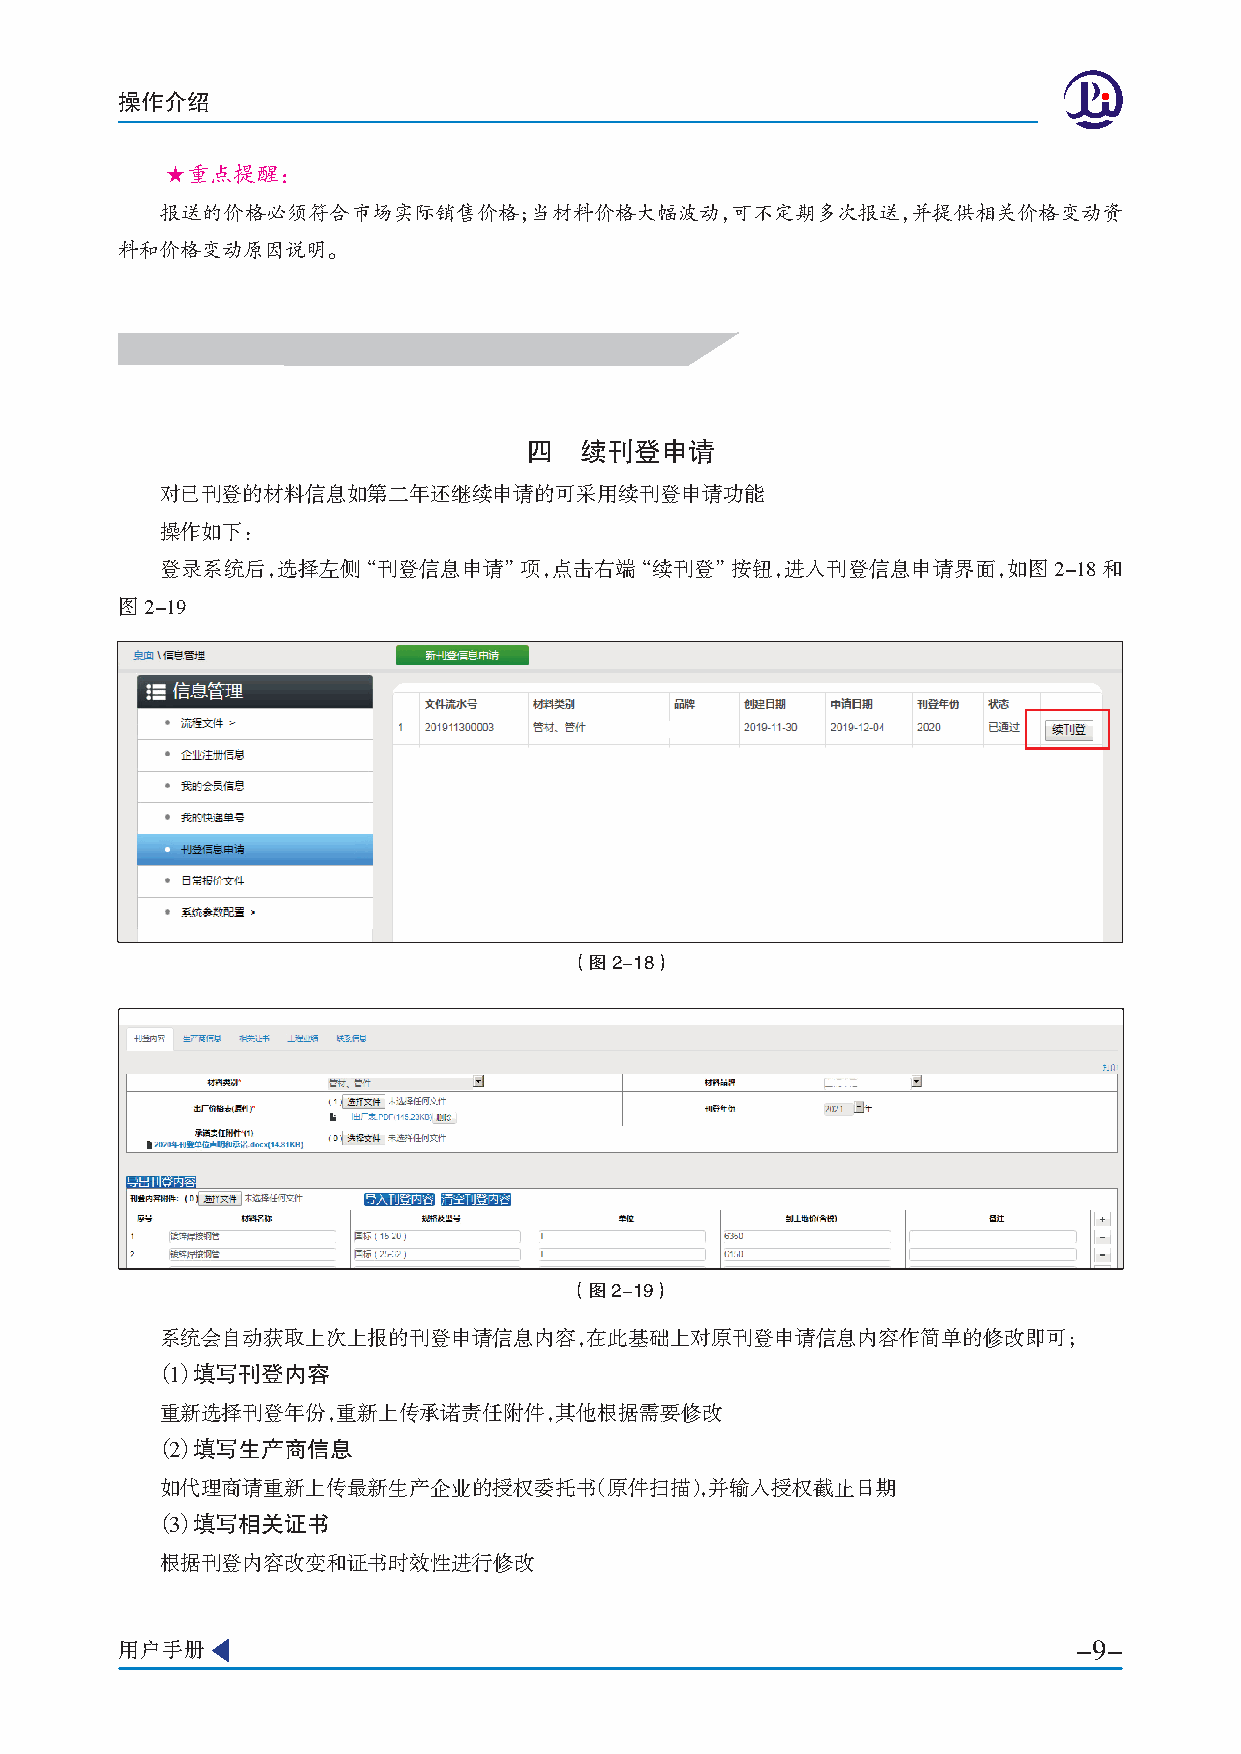
操作介绍
 ★重点提醒：
 报送的价格必须符合市场实际销售价格；当材料价格大幅波动，可不定期多次报送，并提供相关价格变动资
 料和价格变动原因说明。
 四  续刊登申请
 对已刊登的材料信息如第二年还继续申请的可采用续刊登申请功能
 操作如下：
 登录系统后，选择左侧“刊登信息申请”项，点击右端“续刊登”按钮，进入刊登信息申请界面，如图2-18和
 图2-19
 （图2-18）
 （图2-19）
 系统会自动获取上次上报的刊登申请信息内容，在此基础上对原刊登申请信息内容作简单的修改即可；
 （1） 填写刊登内容
 重新选择刊登年份，重新上传承诺责任附件，其他根据需要修改
 （2） 填写生产商信息
 如代理商请重新上传最新生产企业的授权委托书（原件扫描），并输入授权截止日期
 （3） 填写相关证书
 根据刊登内容改变和证书时效性进行修改
 用户手册                                                           -9-